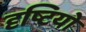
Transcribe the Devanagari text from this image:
दृष्टियो